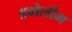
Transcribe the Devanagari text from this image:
डबोलीम